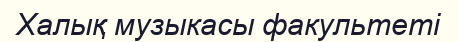
Халық музыкасы факультеті